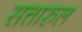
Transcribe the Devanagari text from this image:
सत्तारुल